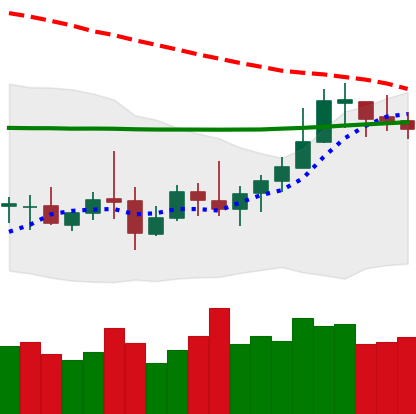
Ticker: LTC-USD
Chart end date: 2020-10-15
Forward return: -4.929%
Label: down_3_5